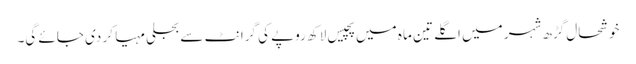
خوشحال گڑھ شہر میں اگلے تین ما ہ میں پچیس لاکھ روپے کی گرانٹ سے بجلی مہیا کر دی جائے گی۔